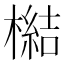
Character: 𣚬